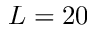
L = 2 0